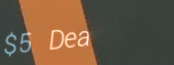
$5 Deal